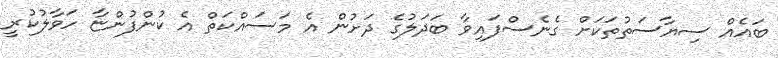
ބައެއް ސިޔާސަތުތަކަށް ގެނެސްފައިވާ ބަދަލުގެ ދަށުން އެ މަސައްކަތް އެ ކުންފުންޏާ ހަވާލުކުރީ